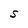
Character: S